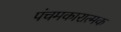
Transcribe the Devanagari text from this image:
पंचमकारात्मक